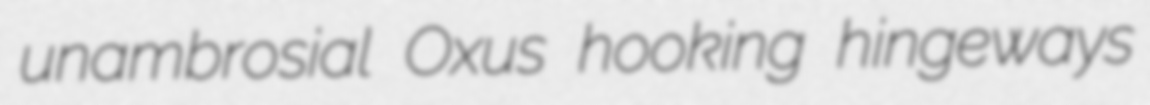
unambrosial Oxus hooking hingeways